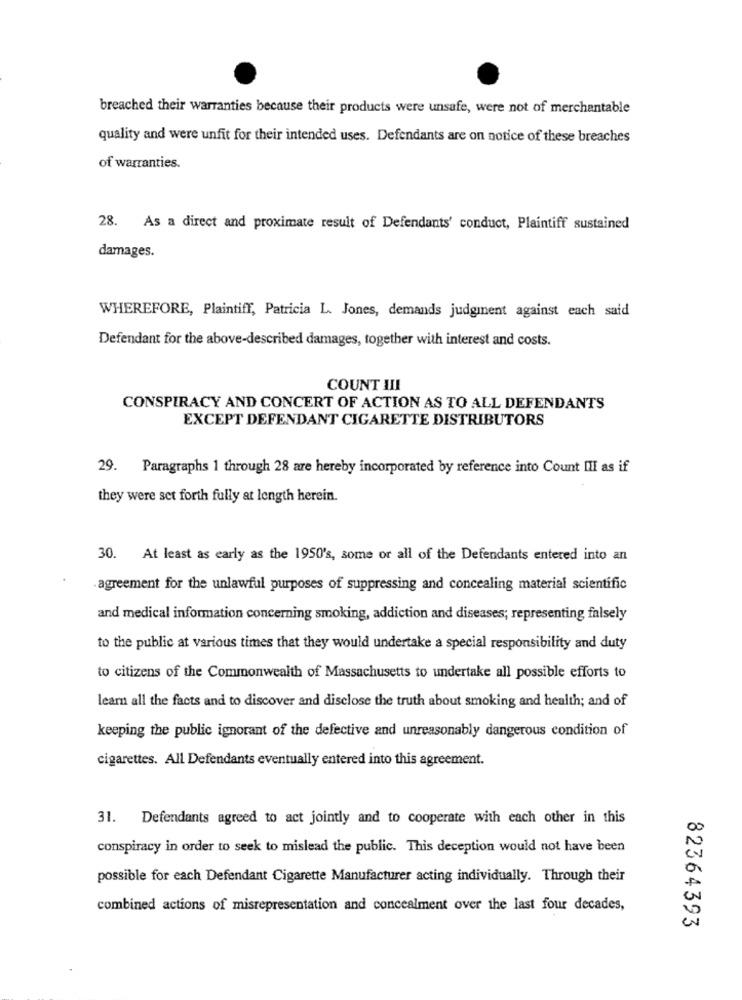
breached their warranties because their products were unsafe, were not of merchantable
quality and were unfit for their intended uses. Defendants are on notice of these breaches
of warranties.
28. As a direct and proximate result of Defendants' conduct, Plaintiff sustained
damages.
WHEREFORE, Plaintiff, Patricia L. Jones, demands judginent against each said
Defendant for the above-described damages, together with interest and costs.
COUNT III
CONSPIRACY AND CONCERT OF ACTION AS TO ALL DEFENDANTS
EXCEPT DEFENDANT CIGARETTE DISTRIBUTORS
29. Paragraphs 1 through 28 are hereby incorporated by reference into Count IlI as if
they were set forth fully at length herein.
30. At least as early as the 1950's, some or all of the Defendants entered into an
.agreement for the unlawful purposes of suppressing and concealing material scientific
and medical information concerning smoking, addiction and diseases; representing falsely
to the public at various times that they would undertake a special responsibility and duty
to citizens of the Commonwealth of Massachusetts to undertake all possible efforts to
learn all the facts and to discover and disclose the truth about smoking and health; and of
keeping the public ignorant of the defective and unreasonably dangerous condition of
cigarettes. All Defendants eventually entered into this agreement.
31. Defendants agreed to act jointly and to cooperate with each other in this
conspiracy in order to seek to mislead the public. This deception would not have been
possible for each Defendant Cigarette Manufacturer acting individually. Through their
combined actions of misrepresentation and concealment over the last four decades,
82364393